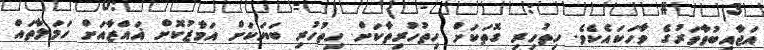
އަޖާއިބުވާވަރުގެ ވާހަކައެކެވެ. ހިތުހިރި ގޮތަކަށް ހިތުހުރިތާކަށް ހިތުހުރި ބަޔަކަށް އަމާޒުކޮށް ޣައްޒާއަށް ހަމަލާތައް